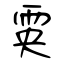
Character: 雵